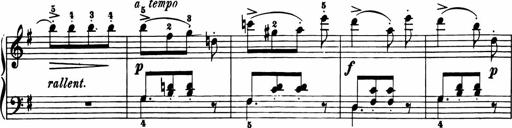
Title: 11 Sonatinas for Piano Solo
Composer: Anton Diabelli